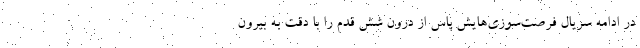
در ادامه سریال فرصت‌سوزی‌هایش پاس از درون شش قدم را با دقت به بیرون